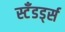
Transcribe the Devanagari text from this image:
स्टँडर्ड्स